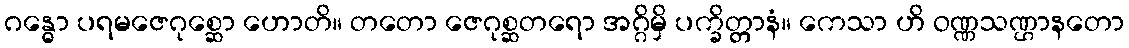
ဂန္ဓော ပရမဇေဂုစ္ဆော ဟောတိ။ တတော ဇေဂုစ္ဆတရော အဂ္ဂိမှိ ပက္ခိတ္တာနံ။ ကေသာ ဟိ ဝဏ္ဏသဏ္ဌာနတော